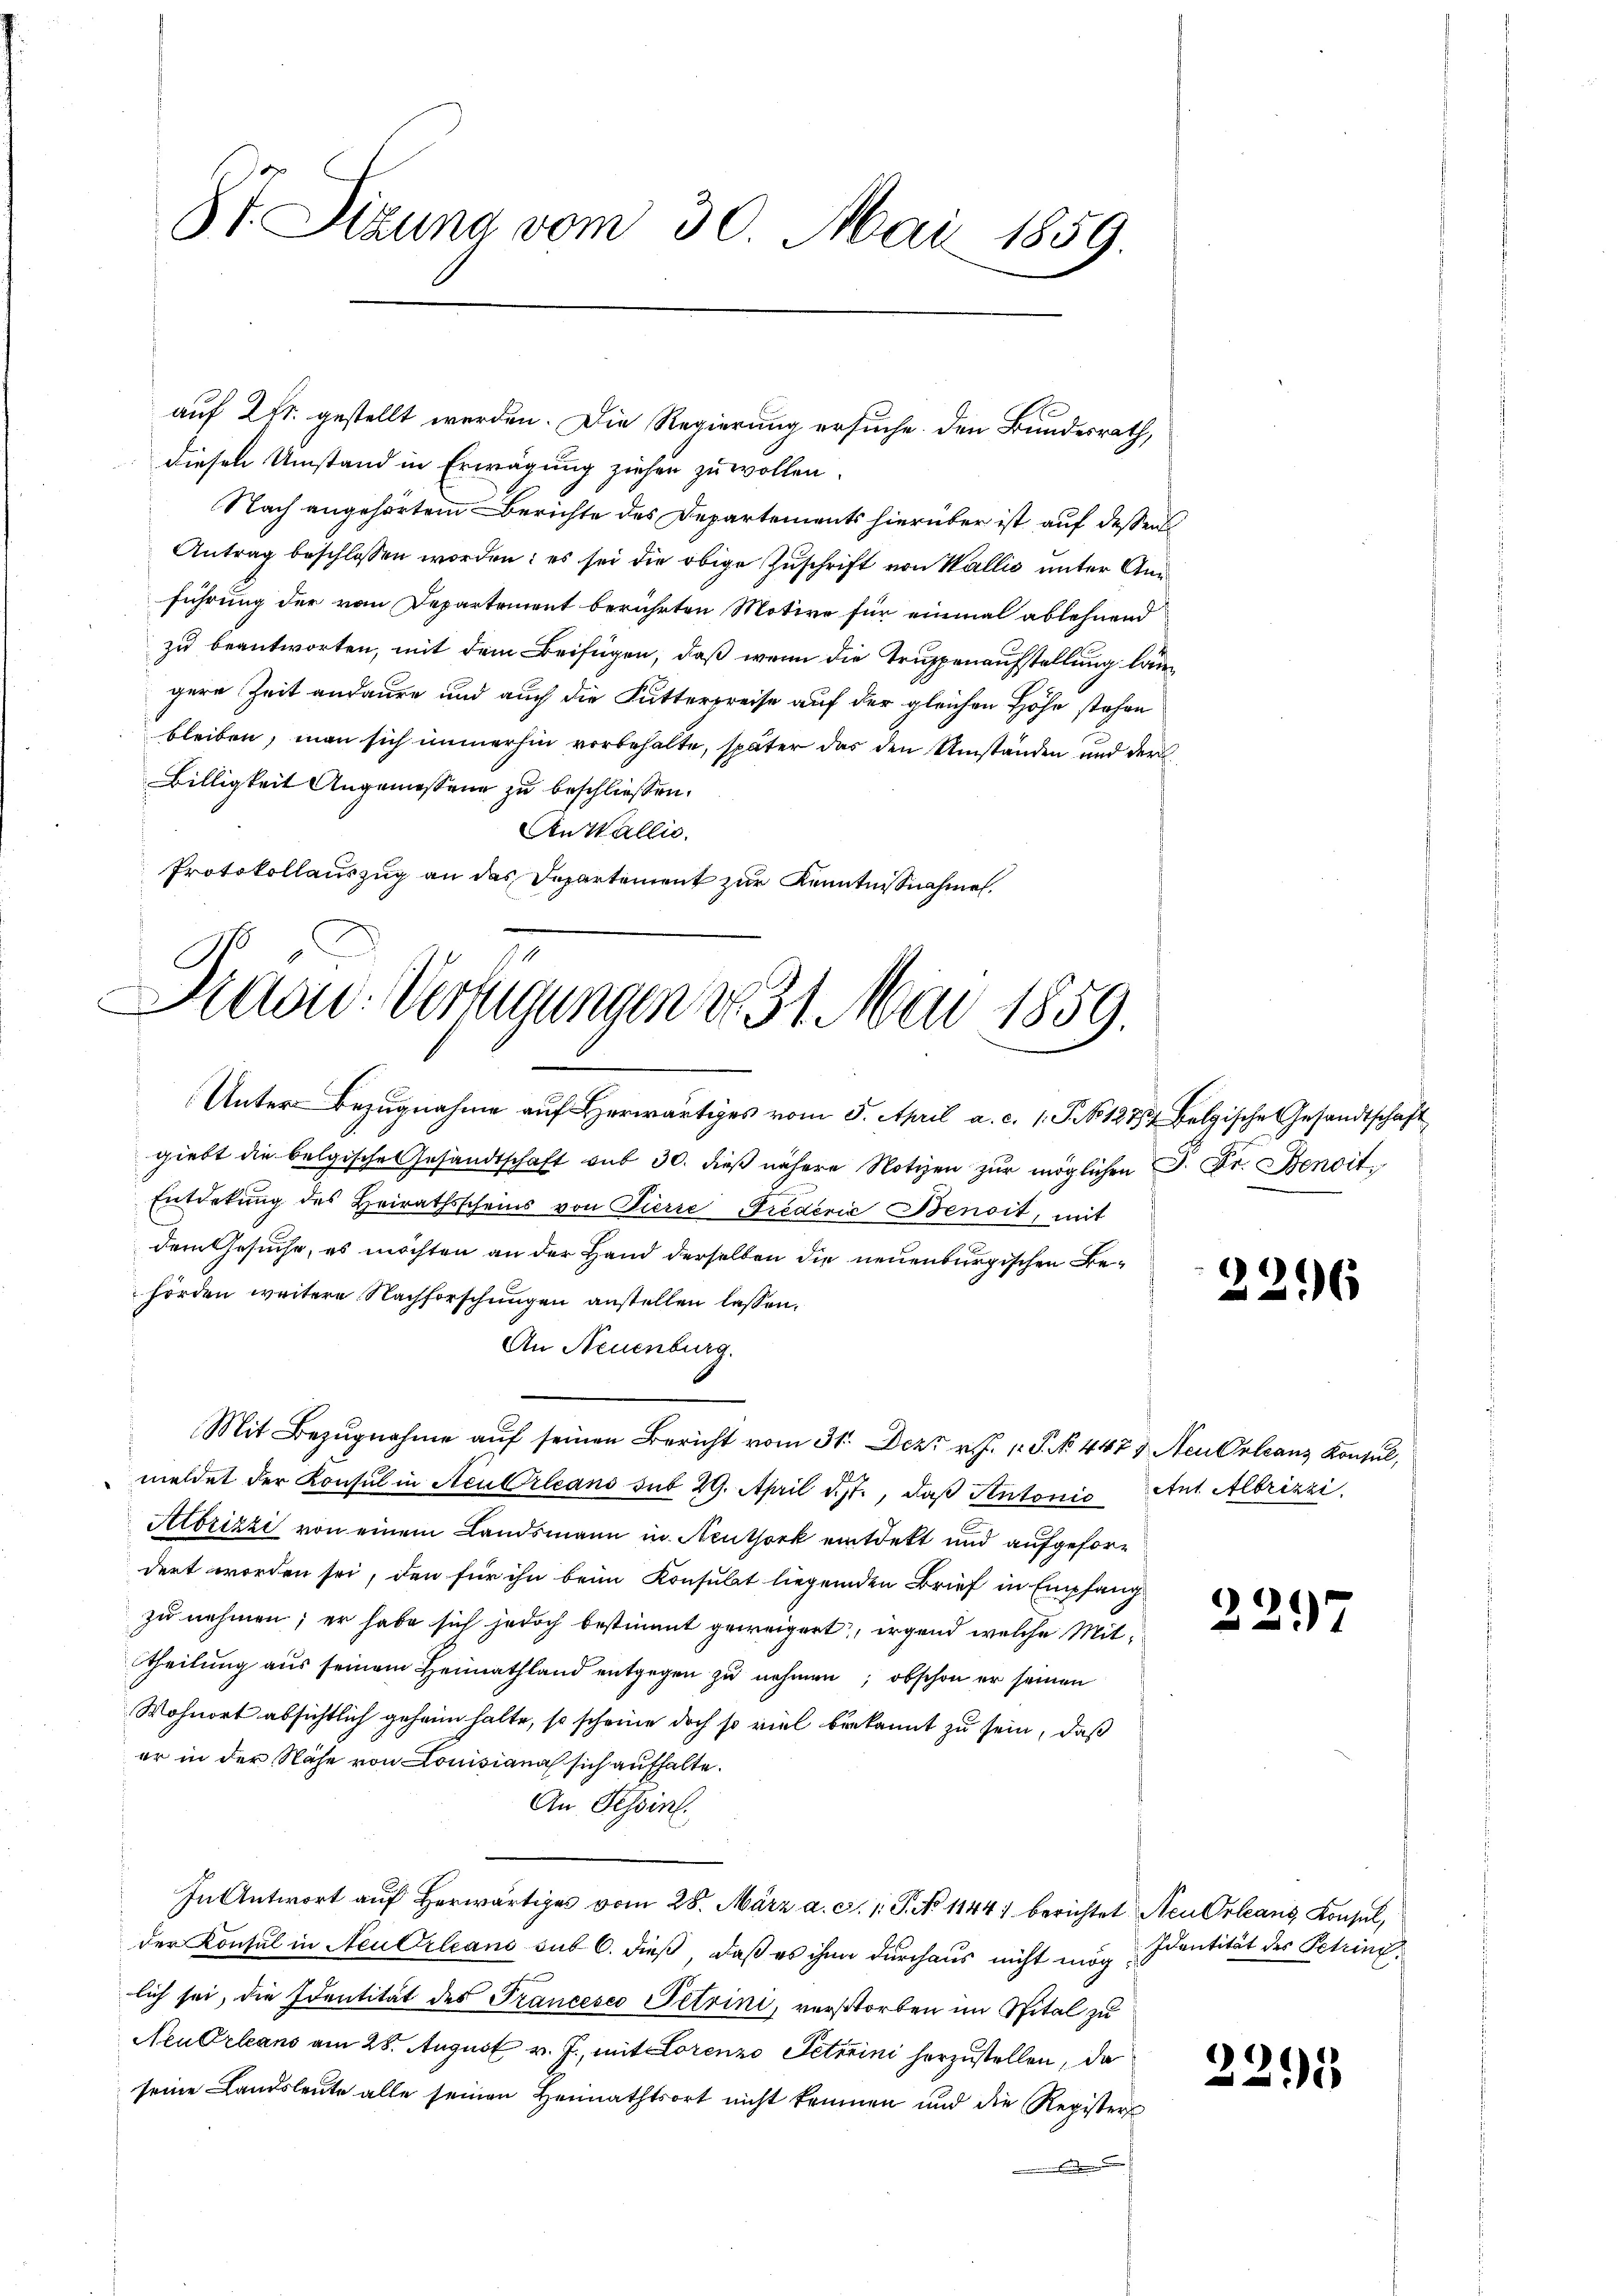
St. Sizung vom 30. Mai 1859.

auf 2fr. gestellt werden. Die Regierung ersuche. Den Bundesrath,
diesen Umstand in Erwägung ziehen zu wollen.
Nach angehörtem Berichte des Departements hierüber ist auf dessen
Antrag beschlossen worden; es sei die obige Zuschrift von Wallis unter Ann
führung der von Departement berührten Motive für einmal ablehnend
zu beantworten, mit dem Beifügen, daß wenn die Truppenaufstellung längere Zeit andaure und auch die Futterpreise auf der gleichen Höhe stehen
bleiben, man sich immerhin vorbehalte, später das den Umständen und der
Billigkeit Angemessene zu beschliessen.
An Wallis.
Protokollauszug an das Departement zur Kenntnisnahme,

Diese Verfügungen d. 31. Mai 1859.

Unter Bezugnahme auf Herwärtiges vom 5. April a. c. 1. P. No 127, Belgische Gesandtschaft
giebt die belgische Gesandtschaft sub 30. dieß nähere Notizen zur möglichen S. Fr. Benoit
Entdekung des Heirathsscheins von Pierie Prederie Benoit, mit
dem Gesuche, es möchten an der Hand derselben die neuenburgischen Behörden weitere Nachforschungen anstellen lassen.
An Neuenburg.
Mit Bezugnahme auf seinen Bericht vom 31. Dez. v. J. P. No. 4479 Neu Orleans Konsul,
meldet der Konsul in AcuOrleans sub 29. April d.st., daß Antonio Ant. Albrizzi
Abrizzi von einem Landsmann in Neuthork entdekt und aufgefordert worden sei, den für ihn beim Konsulat liegenden Brief in Empfang
zu nehmen; er habe sich jedoch bestimmt geweigert, irgend welche Mittheilung aus seinem Heimathland entgegen zu nehmen, obschon er seinen
Wohnort absichtlich geheim halte, so scheine doch so viel bekannt zu sein, daß
er in der Nähe von Comisiana sich aufhalte.
An Tessin.
In Antwort aŭf herwärtiges vom 28. März a. c. 1 S. No 1144) berichtet Neu Orleans Konsul,
der Konsul in Neu Orleans sub 6. dieß, daß es ihn durchaus nicht mög
lich sei, die Identität des Francesco Petrini, verstorben im Spital zu
Neu Orleans am 28. August v. J., mit Lorenzo Petreini herzustellen, da
seine Landsleute alle seinen Heimathtsort nicht kommen und die Registers
.

)
296

2297

Identität des Petrini.

3295